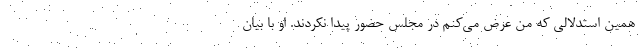
همین استدلالی که من عرض می‌کنم در مجلس حضور پیدا نکردند. او با بیان